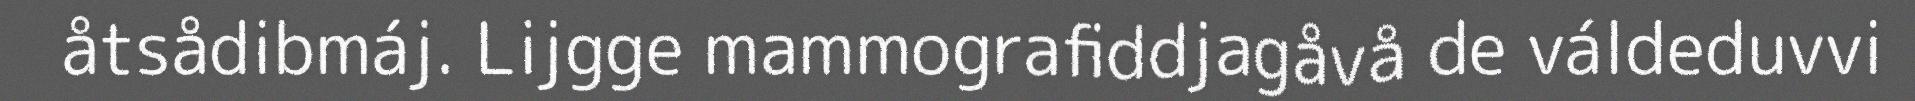
åtsådibmáj. Lijgge mammografiddjagåvå de váldeduvvi